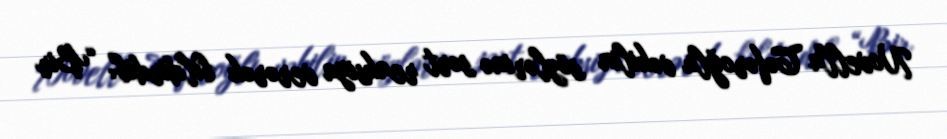
Novella Cəfəroğlu vəkilin sözlərinə sərt reaksiya verərək bildirdib: “Bir